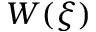
W ( \xi )